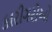
કારીગરોઓ